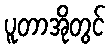
ပူတာအိုတွင်